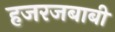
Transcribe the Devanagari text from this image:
हजरजबाबी